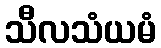
သီလသံယမံ